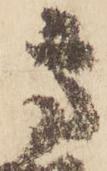
高